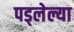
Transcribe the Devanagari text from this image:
पड्लेल्या